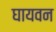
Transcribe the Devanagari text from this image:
घायवन